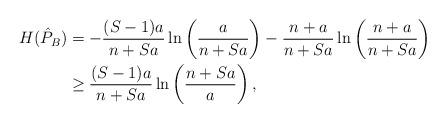
LaTeX: \begin{align*} H(\hat{P}_B) & = -\frac{(S-1)a}{n+Sa}\ln\left(\frac{a}{n+Sa}\right) -\frac{n+a}{n+Sa}\ln\left(\frac{n+a}{n+Sa}\right) \\ & \ge \frac{(S-1)a}{n+Sa}\ln\left(\frac{n+Sa}{a}\right), \end{align*}